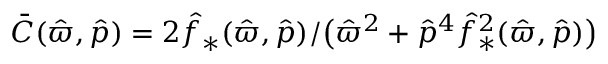
\bar { C } ( \hat { \varpi } , \hat { p } ) = { 2 { \hat { f } _ { * } } ( \hat { \varpi } , \hat { p } ) } / \big ( { \hat { \varpi } ^ { 2 } + \hat { p } ^ { 4 } { \hat { f } _ { * } } ^ { 2 } ( \hat { \varpi } , \hat { p } ) } \big )